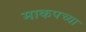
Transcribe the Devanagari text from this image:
माकपच्या